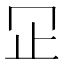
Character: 𬅶